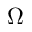
\Omega